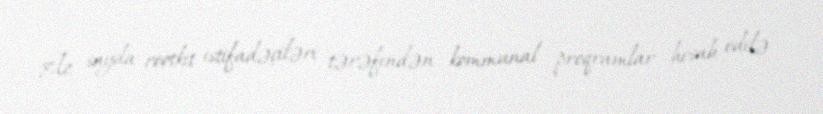
Az sayda rootkit istifadəçiləri tərəfindən kommunal proqramlar hesab edilə